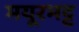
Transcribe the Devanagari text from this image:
मयूरभट्ट